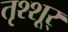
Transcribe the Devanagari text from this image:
तृश्शूर्